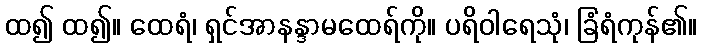
ထ၍ ထ၍။ ထေရံ၊ ရှင်အာနန္ဒာမထေရ်ကို။ ပရိဝါရေသုံ၊ ခြံရံကုန်၏။